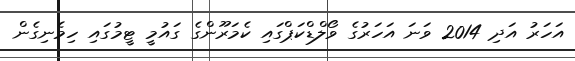
އަހަރު އަދި 2014 ވަނަ އަހަރުގެ ވޯލްޑްކަޕްގައި ކެމަރޫންގެ ގައުމީ ޓީމުގައި ހިމެނިގެން